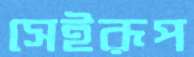
সেইরূপ